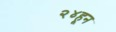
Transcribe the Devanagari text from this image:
२४हून